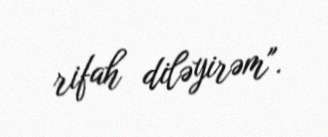
rifah diləyirəm".